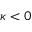
\kappa < 0